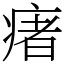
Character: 瘏